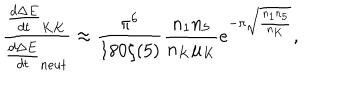
LaTeX: \frac { \frac { d \Delta E } { d t } _ { K K } } { \frac { d \Delta E } { d t } _ { n e u t } } \approx \frac { \pi ^ { 6 } } { 1 8 0 \zeta ( 5 ) } \frac { n _ { 1 } n _ { 5 } } { n _ { K } \mu _ { K } } e ^ { - \pi \sqrt { \frac { n _ { 1 } n _ { 5 } } { n _ { K } } } } ,